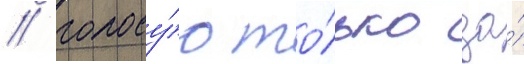
/ голосу́ю то́лько за́